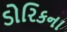
ડોરિકના